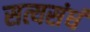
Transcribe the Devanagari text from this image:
सत्यसंधं